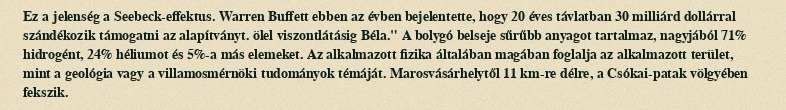
Ez a jelenség a Seebeck-effektus. Warren Buffett ebben az évben bejelentette, hogy 20 éves távlatban 30 milliárd dollárral szándékozik támogatni az alapítványt. ölel viszontlátásig Béla." A bolygó belseje sűrűbb anyagot tartalmaz, nagyjából 71% hidrogént, 24% héliumot és 5%-a más elemeket. Az alkalmazott fizika általában magában foglalja az alkalmazott terület, mint a geológia vagy a villamosmérnöki tudományok témáját. Marosvásárhelytől 11 km-re délre, a Csókai-patak völgyében fekszik.